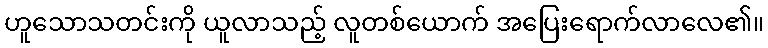
ဟူသောသတင်းကို ယူလာသည့် လူတစ်ယောက် အပြေးရောက်လာလေ၏။